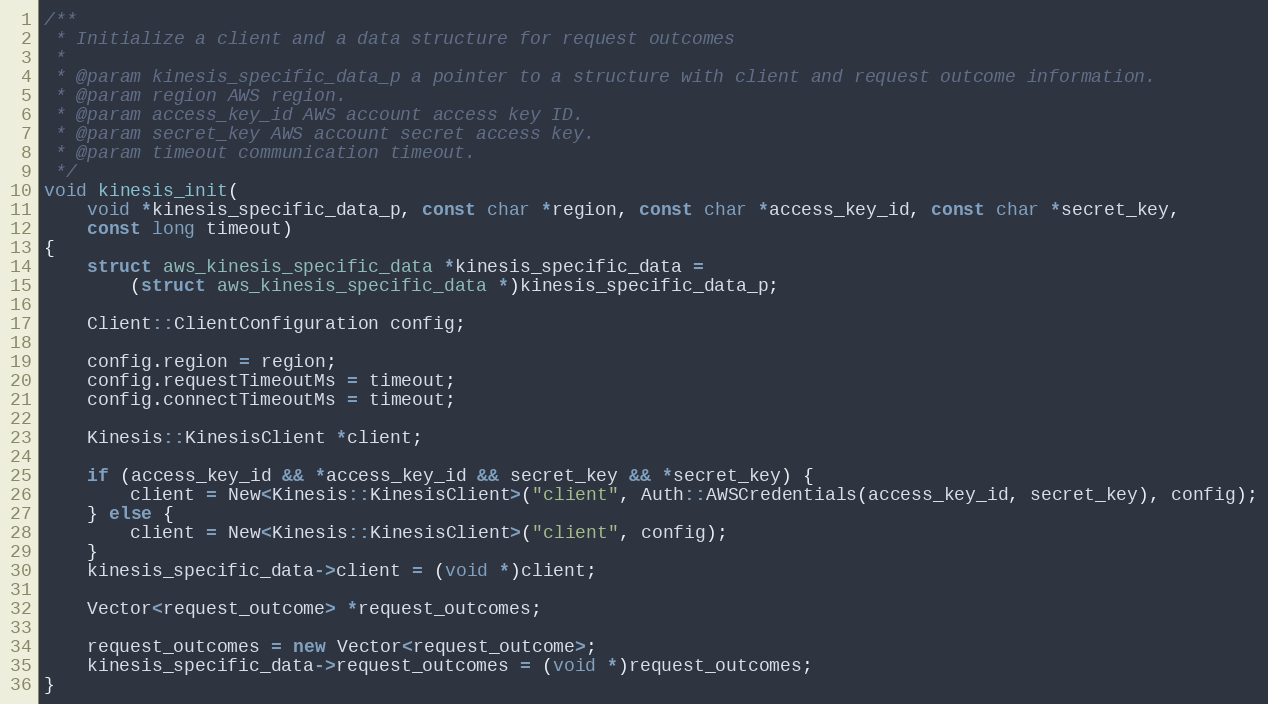
Language: C++
/**
 * Initialize a client and a data structure for request outcomes
 *
 * @param kinesis_specific_data_p a pointer to a structure with client and request outcome information.
 * @param region AWS region.
 * @param access_key_id AWS account access key ID.
 * @param secret_key AWS account secret access key.
 * @param timeout communication timeout.
 */
void kinesis_init(
    void *kinesis_specific_data_p, const char *region, const char *access_key_id, const char *secret_key,
    const long timeout)
{
    struct aws_kinesis_specific_data *kinesis_specific_data =
        (struct aws_kinesis_specific_data *)kinesis_specific_data_p;

    Client::ClientConfiguration config;

    config.region = region;
    config.requestTimeoutMs = timeout;
    config.connectTimeoutMs = timeout;

    Kinesis::KinesisClient *client;

    if (access_key_id && *access_key_id && secret_key && *secret_key) {
        client = New<Kinesis::KinesisClient>("client", Auth::AWSCredentials(access_key_id, secret_key), config);
    } else {
        client = New<Kinesis::KinesisClient>("client", config);
    }
    kinesis_specific_data->client = (void *)client;

    Vector<request_outcome> *request_outcomes;

    request_outcomes = new Vector<request_outcome>;
    kinesis_specific_data->request_outcomes = (void *)request_outcomes;
}